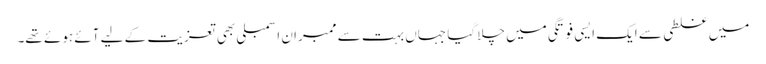
میں غلطی سے ایک ایسی فوتگی میں چلا گیا جہاں بہت سے ممبران اسمبلی بھی تعزیت کے لیے آئے ہوئے تھے۔